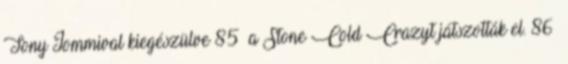
Tony Iommival kiegészülve 85 a Stone Cold Crazyt játszották el. 86